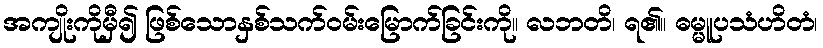
အကျိုးကိုမှီ၍ ဖြစ်သောနှစ်သက်ဝမ်းမြောက်ခြင်းကို။ လဘတိ၊ ရ၏။ ဓမ္မူပသံဟိတံ၊